Plague in India, 1896, 1897 - Volume 3
Year: 1896
Disease focus: Plague
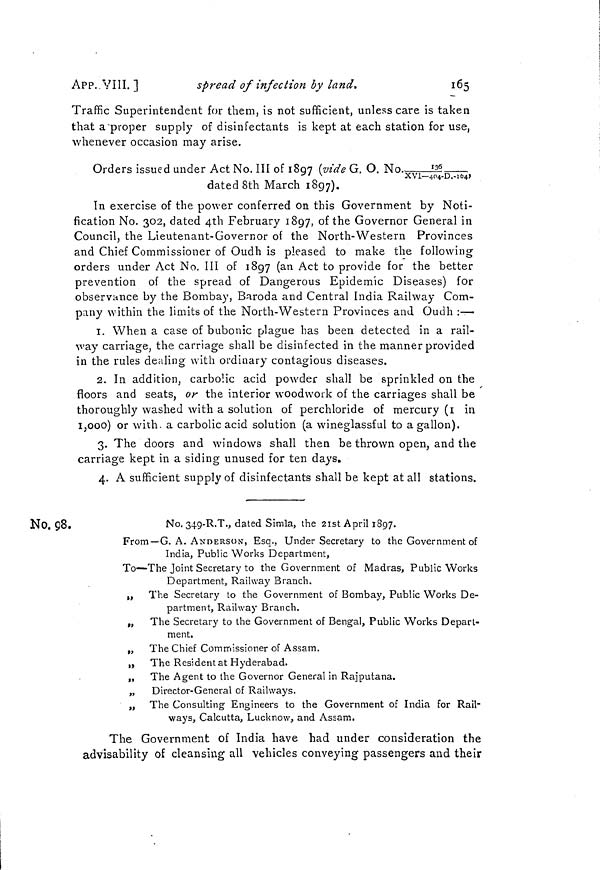
APP..VIII. ]
spread of infection by land.
165
Traffic Superintendent for them, is not sufficient, unless care is taken
that a'proper supply of disinfectants is kept at each station for use,
whenever occasion may arise.
Orders
issued under Act No. III of 1897 (vide G. O. No,136/XVI-404-D,104)
dated 8th March 1897).
In exercise of the power conferred on this Government by Noti-
fication No. 302, dated 4th February 1897, of the Governor General in
Council, the Lieutenant-Governor of the North-Western Provinces
and Chief Commissioner of Oudh is pleased to make the following
orders under Act No. III of 1897 (an Act to provide for the better
prevention of the spread of Dangerous Epidemic Diseases) for
observance by the Bombay, Baroda and Central India Railway Com-
pany within the limits of the North-Western Provinces and Oudh :—
1. When a case of bubonic plague has been detected in a rail-
way carriage, the carriage shall be disinfected in the manner provided
in the rules dealing with ordinary contagious diseases.
2. In addition, carbolic acid powder shall be sprinkled on the
floors and seats, or the interior woodwork of the carriages shall be
thoroughly washed with a solution of perchloride of mercury (1 in
1,000) or with, a carbolic acid solution (a wineglassful to a gallon).
3. The doors and windows shall then be thrown open, and the
carriage kept in a siding unused for ten days.
4. A sufficient supply of disinfectants shall be kept at all stations.
No. 98.
No. 349-R.T., dated Simla, the 21st April 1897.
From—G. A. ANDERSON, Esq., Undersecretary to the Government of
India, Public Works Department,
To—The Joint Secretary to the Government of Madras, Public Works
Department, Railway Branch.
„ The Secretary to the Government of Bombay, Public Works De-
partment, Railway Branch.
„ The Secretary to the Government of Bengal, Public Works Depart-
ment.
„ The Chief Commissioner of Assam.
„ The Resident at Hyderabad.
,, The Agent to the Governor General in Rajputana.
„ Director-General of Railways.
„ The Consulting Engineers to the Government of India for Rail-
ways, Calcutta, Lucknow, and Assam.
The Government of India have had under consideration the
advisability of cleansing all vehicles conveying passengers and their